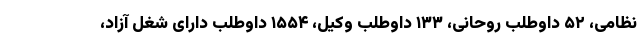
نظامی، ۵۲ داوطلب روحانی، ۱۳۳ داوطلب وکیل، ۱۵۵۴ داوطلب دارای شغل آزاد،